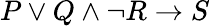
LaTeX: P\vee Q\wedge{\neg R}\rightarrow S